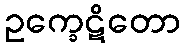
ဥက္ခေဋိတော